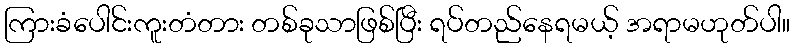
ကြားခံပေါင်းကူးတံတား တစ်ခုသာဖြစ်ပြီး ရပ်တည်နေရမယ့် အရာမဟုတ်ပါ။